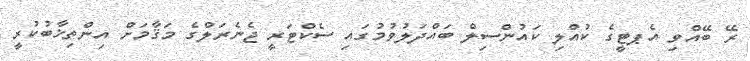
ރޭ ބޭއްވި އެޕޓީގެ ކުއްލި ކައުންސިލް ބައްދަލުވުމުގައި ސެކްޓަރީ ޖެނެރަލްގެ މަޤާމަށް އިންތިޚާބުކުރީ